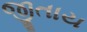
જીતાય